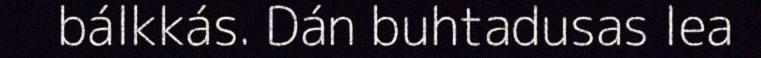
bálkkás. Dán buhtadusas lea